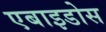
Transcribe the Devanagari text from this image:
एबाइडोस